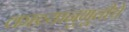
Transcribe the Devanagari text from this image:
काव्यानुभूतीचे